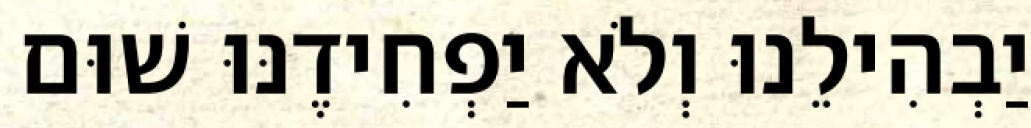
יַבְהִילֵנוּ וְלֹא יַפְחִידֶנּוּ שׁוּם